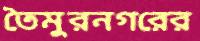
তৈমুরনগরের